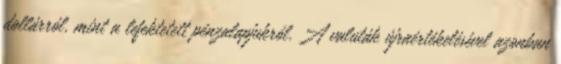
dollárról, mint a lefektetett pénzalapjukról. A valuták újraértékelésével azonban